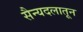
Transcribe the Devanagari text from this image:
सैन्यदलातून